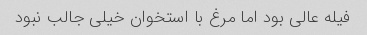
فیله عالی بود اما مرغ با استخوان خیلی جالب نبود